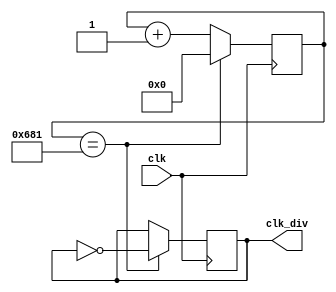
module ClockDivider(
    input wire clk,
    output wire clk_div
);
    // Clock divider logic to generate a 600 Hz clock
    reg [17:0] count;
    parameter DIVIDER = 1666; // For a 100 MHz clock, divide by 1666 to get 600 Hz

    always @(posedge clk) begin
        if (count == DIVIDER - 1)
            count <= 0;
        else
            count <= count + 1;

        if (count == DIVIDER - 1)
            clk_div <= ~clk_div; // Toggle output every 1666 cycles for 600 Hz
    end
endmodule